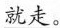
\underline{就走。 }